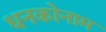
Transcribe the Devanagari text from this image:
धनकोनाम